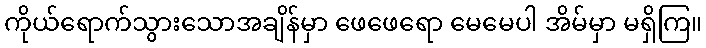
ကိုယ်ရောက်သွားသောအချိန်မှာ ဖေဖေရော မေမေပါ အိမ်မှာ မရှိကြ။